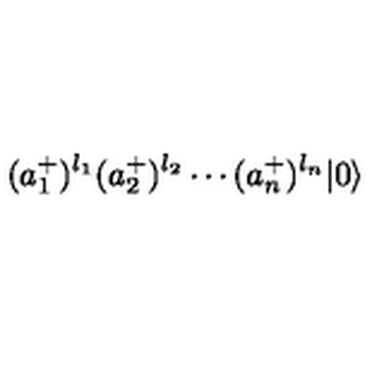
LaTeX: ( a _ { 1 } ^ { + } ) ^ { l _ { 1 } } ( a _ { 2 } ^ { + } ) ^ { l _ { 2 } } \cdots ( a _ { n } ^ { + } ) ^ { l _ { n } } | 0 \rangle